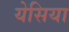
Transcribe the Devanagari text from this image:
येसिया